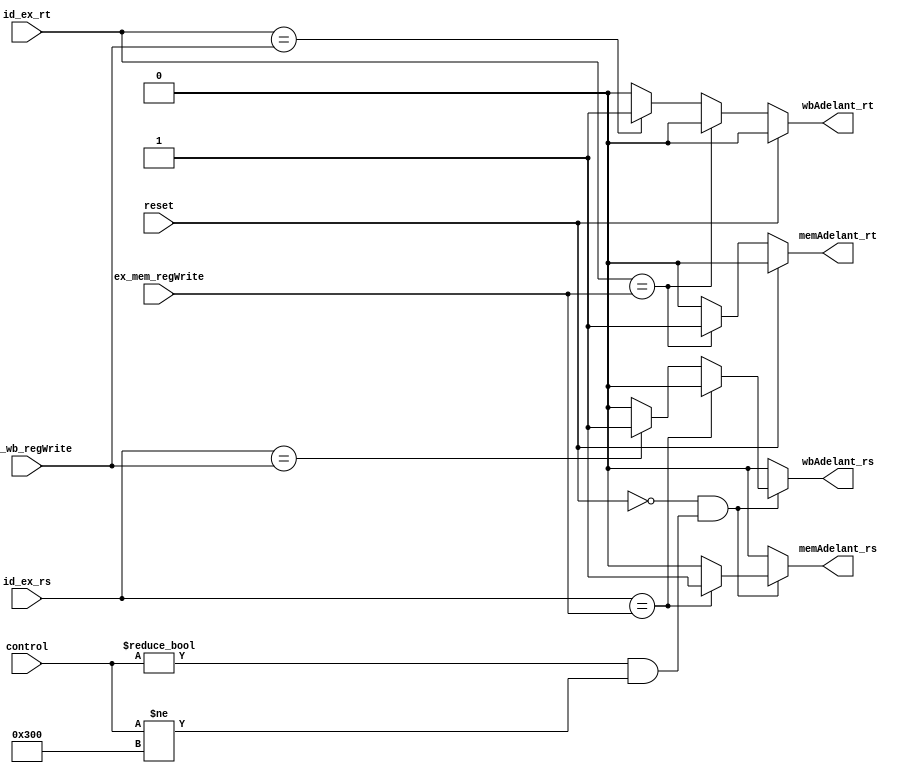
module UnidadAdelantamiento (

  input wire reset, //Reset general

//Direcciones
  input [4:0] id_ex_rs,id_ex_rt,
  input [4:0] ex_mem_regWrite,
  input [4:0] mem_wb_regWrite,
  input [10:0] control, //Para que no se den adelantamientos con instrucciones falsas
  //input [5:0] opcode,
//Datos
  output reg memAdelant_rs,memAdelant_rt,wbAdelant_rs,wbAdelant_rt
);



  always @*

  if (!reset && (control !=0 && control!=10'h700)) begin

  //rs
    if (id_ex_rs == ex_mem_regWrite )begin
    memAdelant_rs=1;
    wbAdelant_rs=0;end
    else if (id_ex_rs == mem_wb_regWrite)begin
    wbAdelant_rs=1;
    memAdelant_rs=0;end
    else begin
    memAdelant_rs=0;
    wbAdelant_rs=0;
    end
    end


  else begin
    memAdelant_rs=0;
    wbAdelant_rs=0;
  end


  always @*

  if (!reset) begin

  //rt

  if (id_ex_rt == ex_mem_regWrite)begin
  memAdelant_rt=1;
  wbAdelant_rt=0;end
  else if (id_ex_rt == mem_wb_regWrite)begin
  wbAdelant_rt=1;
  memAdelant_rt=0;
  end
  else begin
  memAdelant_rt=0;
  wbAdelant_rt=0;
  end

  end

  else begin
    memAdelant_rt=0;
    wbAdelant_rt=0;
  end

  endmodule